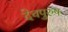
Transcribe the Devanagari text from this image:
देवपुरुष